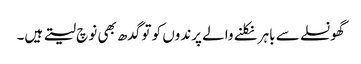
گھونسلے سے باہر نکلنے والے پرندوں کو تو گدھ بھی نوچ لیتے ہیں۔